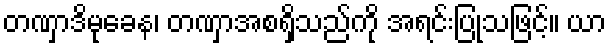
တဏှာဒိမုခေန၊ တဏှာအစရှိသည်ကို အရင်းပြုသဖြင့်။ ယာ